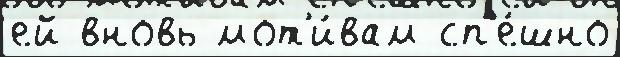
ей вновь мот'и́вам сп'е́шно